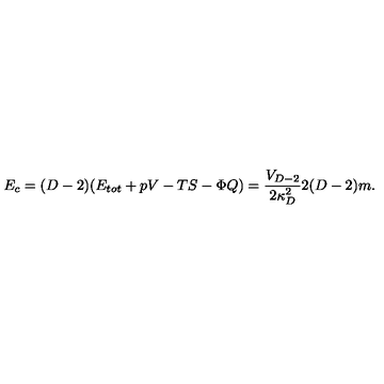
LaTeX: E _ { c } = ( D - 2 ) ( E _ { t o t } + p V - T S - \Phi Q ) = { \frac { V _ { D - 2 } } { 2 \kappa _ { D } ^ { 2 } } } 2 ( D - 2 ) m .